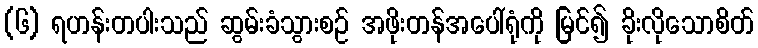
(၆) ရဟန်းတပါးသည် ဆွမ်းခံသွားစဉ် အဖိုးတန်အပေါ်ရုံကို မြင်၍ ခိုးလိုသောစိတ်